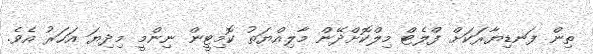
ތިން ފަނޑިޔާރަކަށް ފްލެޓް މިލްކޮށްދޭން މާލިއްޔަތު ކޮމިޓީން ނިންމީ މިދިޔަ އަހަރު އެވެ.